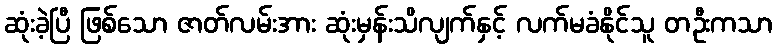
ဆုံးခဲ့ပြီ ဖြစ်သော ဇာတ်လမ်းအား ဆုံးမှန်းသိလျက်နှင့် လက်မခံနိုင်သူ တဦးကသာ